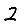
Digit: 2